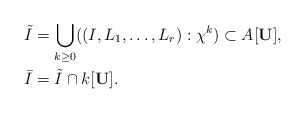
\begin{align*} \tilde{I} & =\bigcup_{k\geq 0}((I,L_1,\dotsc,L_r):\chi^k) \subset A[\mathbf{U}],\\ \bar{I} & =\tilde{I}\cap k[\mathbf{U}].\end{align*}